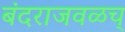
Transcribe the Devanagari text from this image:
बंदराजवळच्